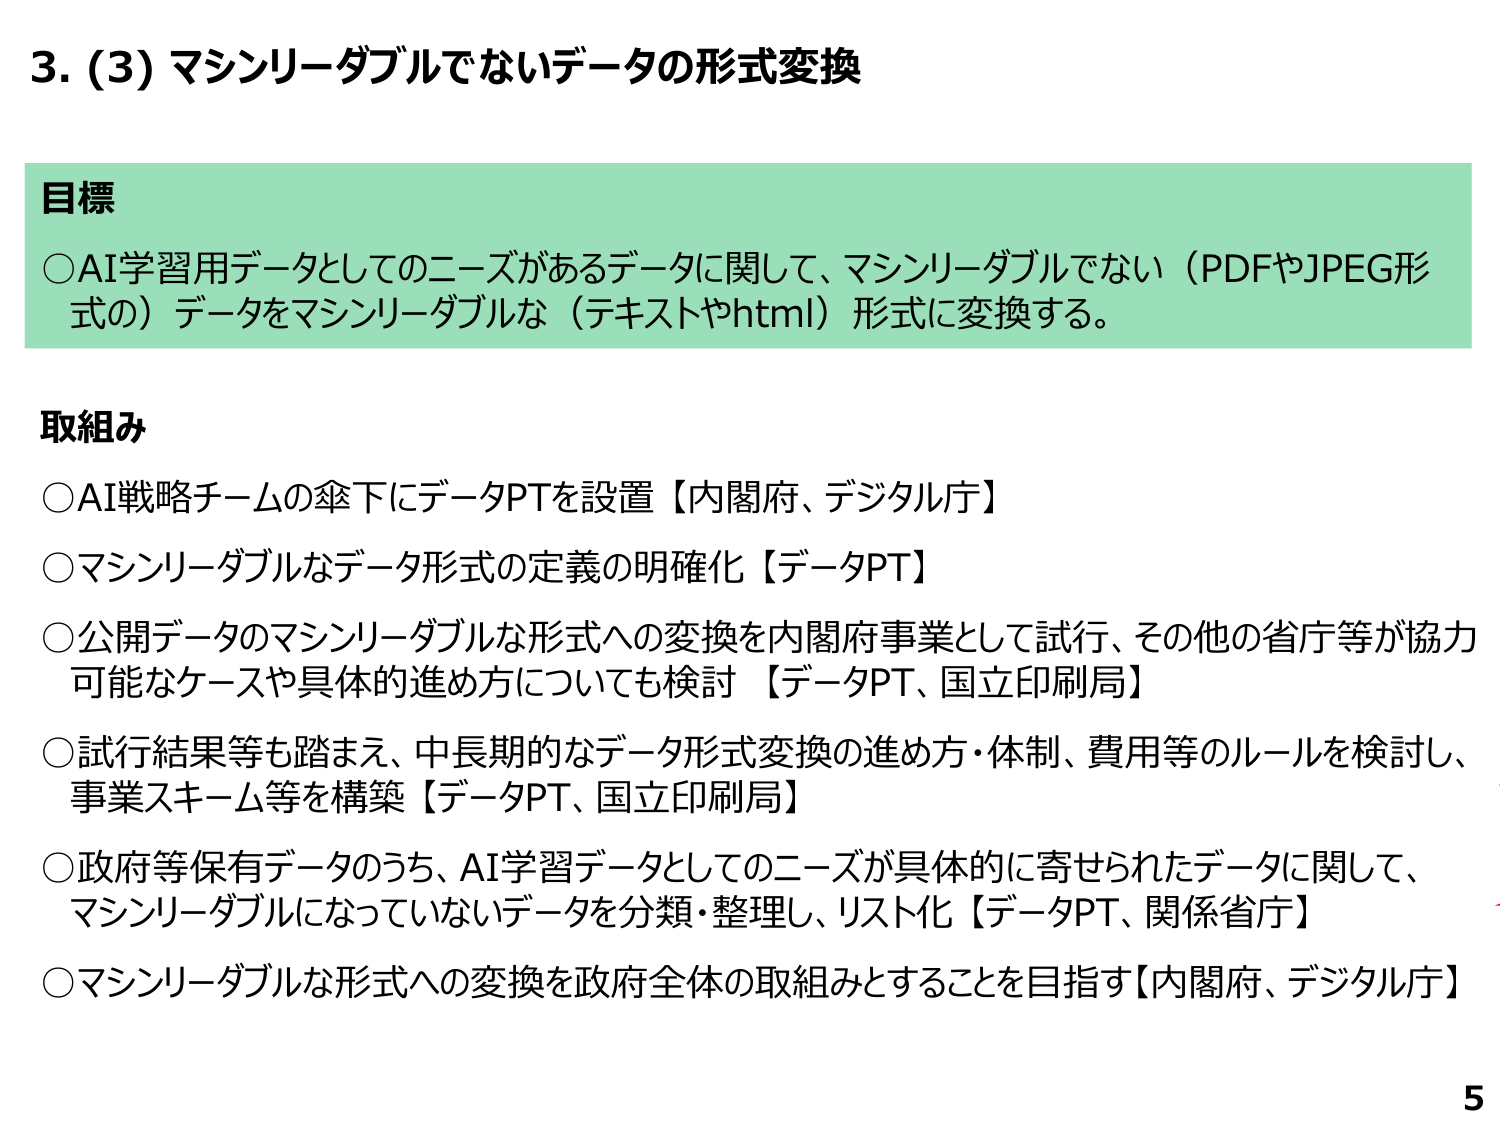
3. (3) マシンリーダブルでないデータの形式変換

目標
○AI学習用データとしてのニーズがあるデータに関して、マシンリーダブルでない（PDFやJPEG形式の）データをマシンリーダブルな（テキストやhtml）形式に変換する。

取組み
○AI戦略チームの傘下にデータPTを設置【内閣府、デジタル庁】
○マシンリーダブルなデータ形式の定義の明確化【データPT】
○公開データのマシンリーダブルな形式への変換を内閣府事業として試行、その他の省庁等が協力可能なケースや具体的進め方についても検討【データPT、国立印刷局】
○試行結果等も踏まえ、中長期的なデータ形式変換の進め方・体制、費用等のルールを検討し、事業スキーム等を構築【データPT、国立印刷局】
○政府等保有データのうち、AI学習データとしてのニーズが具体的に寄せられたデータに関して、マシンリーダブルになっていないデータを分類・整理し、リスト化【データPT、関係省庁】
○マシンリーダブルな形式への変換を政府全体の取組みとすることを目指す【内閣府、デジタル庁】

5